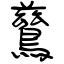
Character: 鶿